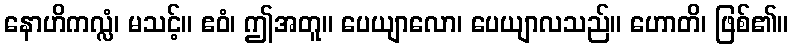
နောဟိကလ္လံ၊ မသင့်။ ဧဝံ၊ ဤအတူ။ ပေယျာလော၊ ပေယျာလသည်။ ဟောတိ၊ ဖြစ်၏။